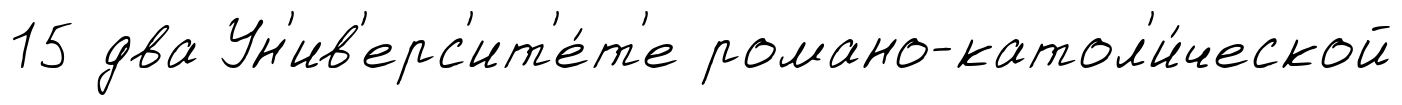
15 два Ун'ив'ерс'ит'е́т'е романо-катол'и́ческой